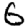
Digit: 6